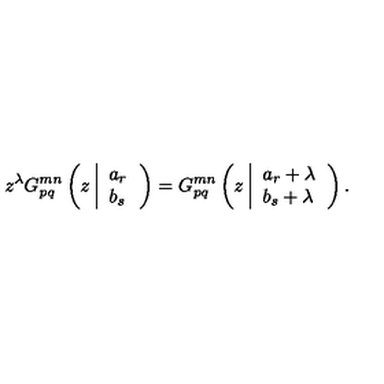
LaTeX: z ^ { \lambda } G _ { p q } ^ { m n } \left( z \left| \begin{array} { l } { a _ { r } } \\ { b _ { s } } \\ \end{array} \right. \right) = G _ { p q } ^ { m n } \left( z \left| \begin{array} { l } { a _ { r } + \lambda } \\ { b _ { s } + \lambda } \\ \end{array} \right. \right) .